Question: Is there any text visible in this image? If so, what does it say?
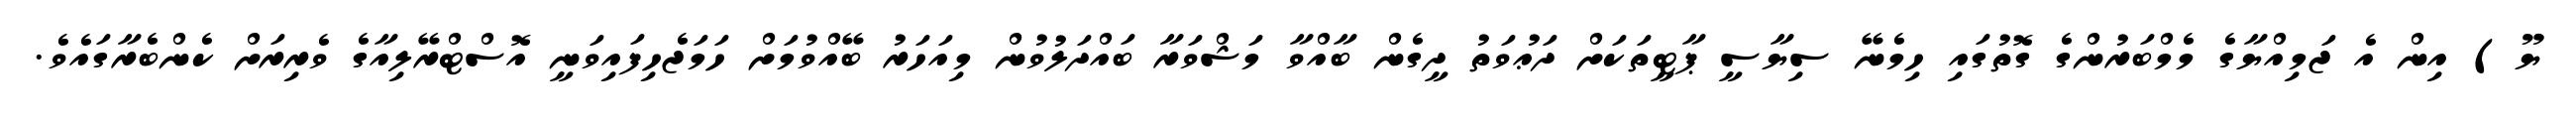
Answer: ޔޫ) އިން އެ ޖަމިއްޔާގެ މެމްބަރުންގެ ގޮތުގައި ހިމެނޭ ސިޔާސީ ޕާޓީތަކަށް ދަޢުވަތު ދީގެން ބާއްވާ މަޝްވަރާ ބައްދަލުވުން މިއަހަރު ބޭއްވުމަށް ހަމަޖެހިފައިވަނީ އޮސްޓްރޭލިއާގެ ވެރިރަށް ކެންބެރާގައެވެ.